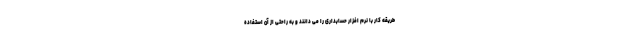
طریقه کار با نرم افزار حسابداری را می دانند و به راحتی از آن استفاده